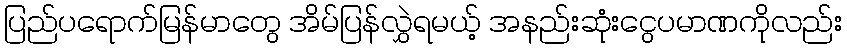
ပြည်ပရောက်မြန်မာတွေ အိမ်ပြန်လွှဲရမယ့် အနည်းဆုံးငွေပမာဏကိုလည်း